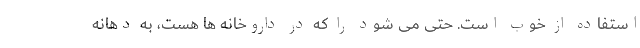
استفاده از خوب است. حتی می شود را که در داروخانه ها هست، به دهانه